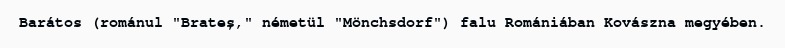
Barátos (románul "Brateș," németül "Mönchsdorf") falu Romániában Kovászna megyében.